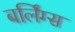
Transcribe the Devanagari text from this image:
बर्लिंग्स